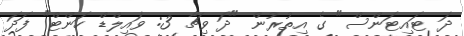
ދަ ޓައިޓަންސް" ގެ އިތުރުން "ދަ ވިޗާ 3: ވައިލްޑް ހަންޓް" ފަދަ